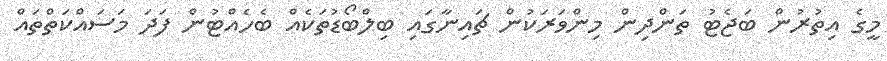
މީގެ އިތުރުން ބަޖެޓު ތަންދިން މިންވަރަކުން ޗައިނާގައި ބިލްބޯޑުތަކެއް ބެހެއްޓުން ފަދަ މަސައްކަތްތައް